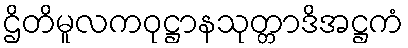
ဌိတိမူလကဝုဋ္ဌာနသုတ္တာဒိအဋ္ဌကံ